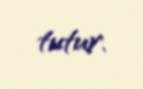
tutur.